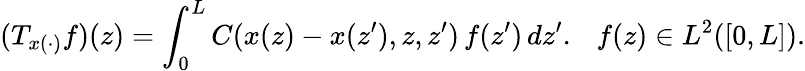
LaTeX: (T_{x(\cdot)}f)(z)=\int_{0}^{L}C(x(z)-x(z^{\prime}),z,z^{\prime})\, f(z^{\prime})\, dz^{\prime}.\ \ \ f(z)\in L^{2}([0,L]).